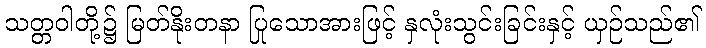
သတ္တဝါတို့၌ မြတ်နိုးတနာ ပြုသောအားဖြင့် နှလုံးသွင်းခြင်းနှင့် ယှဉ်သည်၏